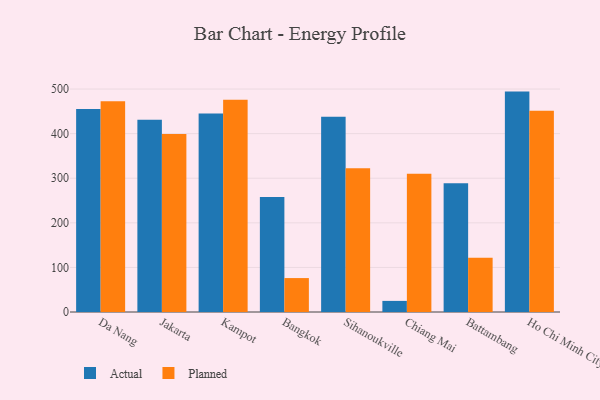
{"axis": {"x": "City", "y": "Customer Acquisition Cost (USD)"}, "legend": ["Actual", "Planned"], "data": [{"x": "Da Nang", "y": 455.0, "type": "Actual"}, {"x": "Da Nang", "y": 472.8, "type": "Planned"}, {"x": "Jakarta", "y": 431.4, "type": "Actual"}, {"x": "Jakarta", "y": 399.0, "type": "Planned"}, {"x": "Kampot", "y": 445.1, "type": "Actual"}, {"x": "Kampot", "y": 476.1, "type": "Planned"}, {"x": "Bangkok", "y": 258.0, "type": "Actual"}, {"x": "Bangkok", "y": 76.1, "type": "Planned"}, {"x": "Sihanoukville", "y": 437.9, "type": "Actual"}, {"x": "Sihanoukville", "y": 322.3, "type": "Planned"}, {"x": "Chiang Mai", "y": 24.9, "type": "Actual"}, {"x": "Chiang Mai", "y": 310.1, "type": "Planned"}, {"x": "Battambang", "y": 288.8, "type": "Actual"}, {"x": "Battambang", "y": 121.5, "type": "Planned"}, {"x": "Ho Chi Minh City", "y": 494.3, "type": "Actual"}, {"x": "Ho Chi Minh City", "y": 451.2, "type": "Planned"}]}